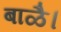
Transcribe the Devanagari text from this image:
बाळै।